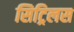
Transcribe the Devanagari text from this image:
सिट्रिलस